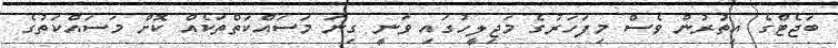
ބަޖެޓްގެ އިތުރުން ވެސް މިފަހަރުގެ މަޖިލީހުގައި ވަނީ ގިނަ މަސައްކަތްތަކެއް ކޮށް މަސައްކަތުގެ